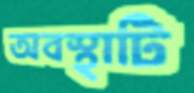
অবস্থাটি